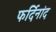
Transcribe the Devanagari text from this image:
फर्दिनांद